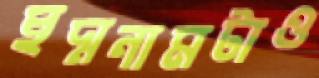
ছদ্মনামটাও